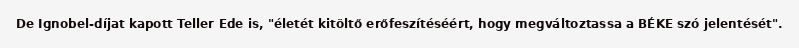
De Ignobel-díjat kapott Teller Ede is, "életét kitöltő erőfeszítéséért, hogy megváltoztassa a BÉKE szó jelentését".